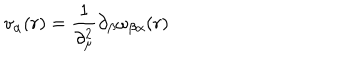
LaTeX: v _ { \alpha } ( r ) = \frac { 1 } { \partial _ { \mu } ^ { 2 } } \partial _ { \beta } \omega _ { \beta \alpha } ( r )